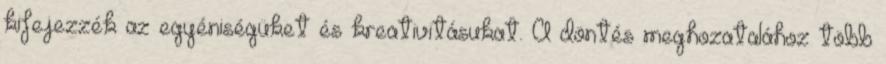
kifejezzék az egyéniségüket és kreativitásukat. A döntés meghozatalához több